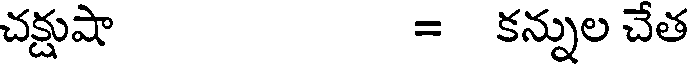
చక్షుషా = కన్నుల చేత